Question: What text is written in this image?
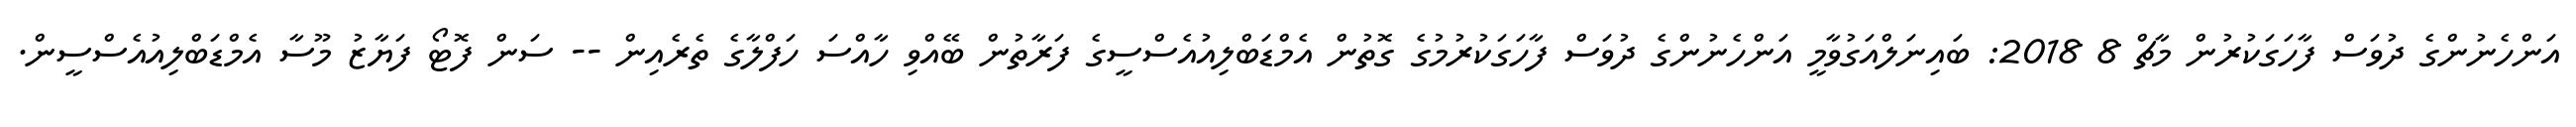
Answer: އަންހެނުންގެ ދުވަސް ފާހަގަކުރުން މާޗް 8 2018: ބައިނަލްއަގުވާމީ އަންހެނުންގެ ދުވަސް ފާހަގަކުރުމުގެ ގޮތުން އެމްޑަބްލިއުއެސްސީގެ ފަރާތުން ބޭއްވި ހާއްސަ ހަފްލާގެ ތެރެއިން -- ސަން ފޮޓޯ ފަޔާޒު މޫސާ އެމްޑަބްލިއުއެސްސީން.